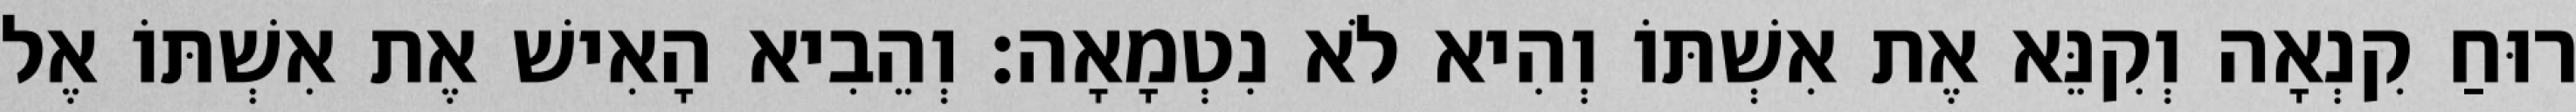
רוּחַ קִנְאָה וְקִנֵּא אֶת אִשְׁתּוֹ וְהִיא לֹא נִטְמָאָה׃ וְהֵבִיא הָאִישׁ אֶת אִשְׁתּוֹ אֶל